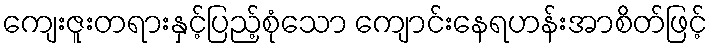
ကျေးဇူးတရားနှင့်ပြည့်စုံသော ကျောင်းနေရဟန်းအာစိတ်ဖြင့်